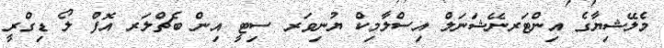
މެލޭޝިޔާގެ އިންޓަރނޭޝަނަލް އިސްލާމިކް ޔުނިވަރ ސިޓީ އިން ބެޗްލަރ އޮފް ލޯ ޑިގްރީ